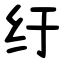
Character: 纡